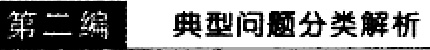
第二编 典型问题分类解析